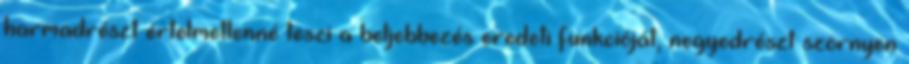
harmadrészt értelmetlenné teszi a beljebbezés eredeti funkcióját, negyedrészt szörnyen